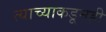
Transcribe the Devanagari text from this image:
त्याच्याकडूनही